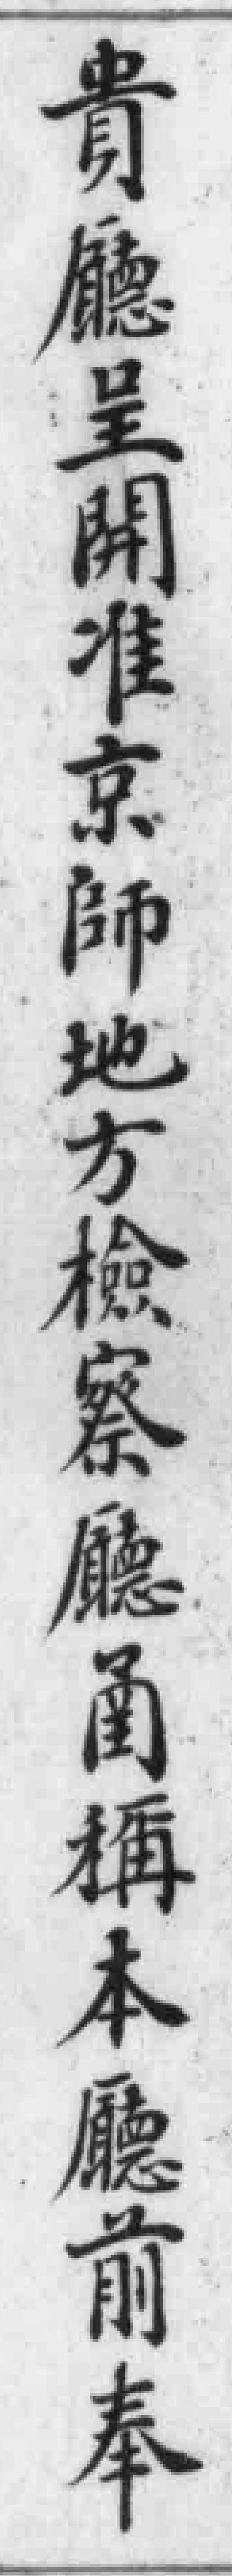
貴廳呈開准京師地方檢察廳圅稱本廳前奉